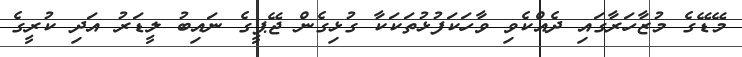
މޭޑޭގެ މުޒާހަރާގައި ދެއްކެވި ވާހަކަފުޅުތަކަކާ ގުޅިގެން ޖޭޕީގެ ނައިބު ލީޑަރު އަދި ކުރީގެ